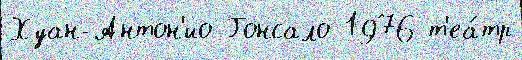
Хуан-Антон'ио Гонсало 1976 т'еа́тр